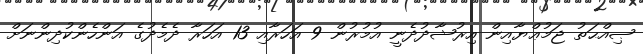
ޞިއްޙަތު ޖަމުޢްޔާއިން އިރުޝާދުދެނީ އުމުރުން 9 އަހަރާއި 13 އަހަރާ ދެމެދުގެ އަންހެންކުދިންނަށް